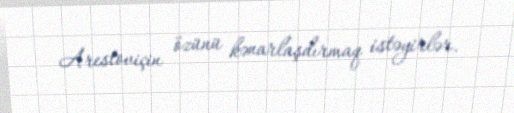
Arestoviçin özünü kənarlaşdırmaq istəyirlər.